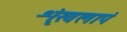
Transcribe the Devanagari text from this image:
शृंखलापं